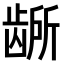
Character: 𫜭